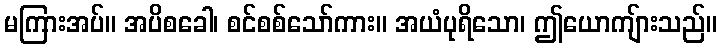
မကြားအပ်။ အပိစခေါ၊ စင်စစ်သော်ကား။ အယံပုရိသော၊ ဤယောကျ်ားသည်။